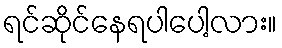
ရင်ဆိုင်နေရပါပေါ့လား။